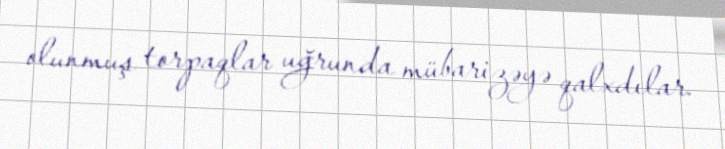
olunmuş torpaqlar uğrunda mübarizəyə qalxdılar.